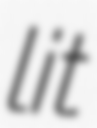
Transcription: lit